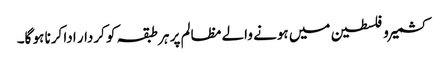
کشمیر و فلسطین میں ہونے والے مظالم پر ہر طبقہ کو کردار ادا کرنا ہو گا۔